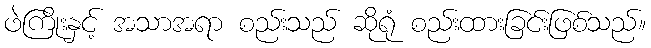
ဖဲကြိုးနှင့် အသာအရာ စည်းသည် ဆိုရုံ စည်းထားခြင်းဖြစ်သည်။